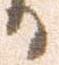
日